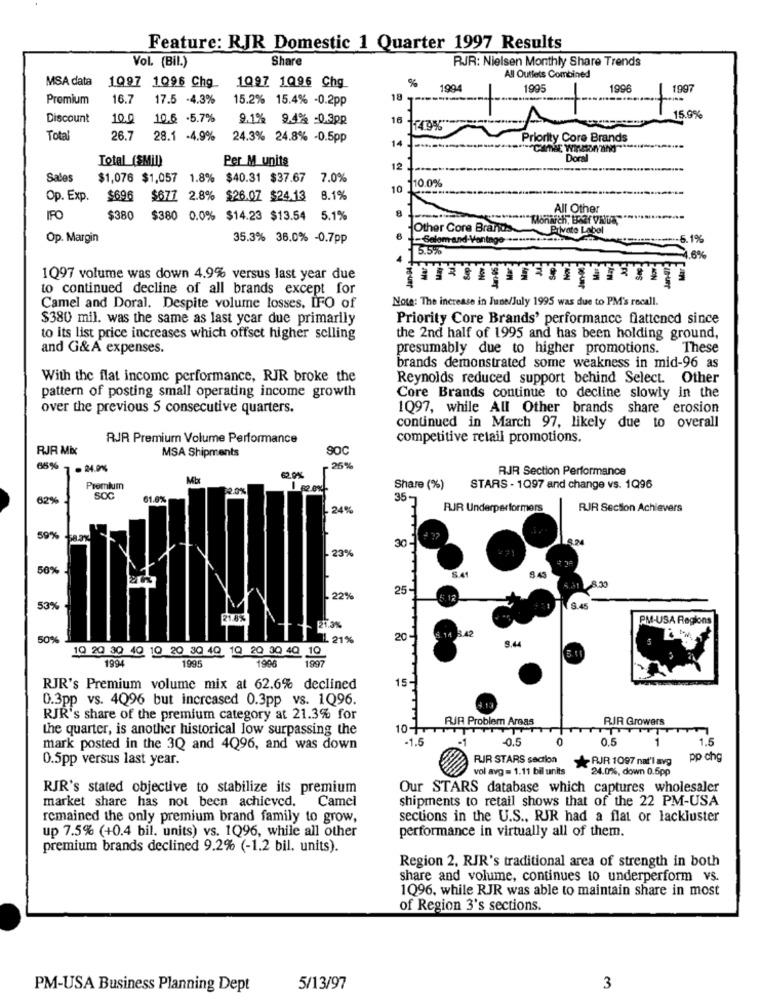
Feature: RJR Domestic 1 Quarter 1997 Results
Vol. (Bil.)
Share
RJR: Nielsen Monthly Share Trends
MSA data
1097 1Q96 Chg
%
All Outlets Combined
1997 1096 Chg_
1994
1995
1996
1997
Promium
16.7
17.5 -4.3%
15.2% 15.4% -0.2pp
18
1
Discount
10.0
10.6 .5.7%
9.1% 9.4% =0.3PR
16
A
15.9%
14.9%"
Total
26.7
28.1 -4.9%
24.3% 24.8% -0.5pp
14 J.
Priority Core Brands
Total (SMID)
Per M units
Dor
12
Sales
$1,076 $1,057 1.8%
$40.31 $37.67
7.0%
10 110.0%
Op. Exp.
$696
$677 2.8% $26.07 $24.13
8.1%
8
All Other
IFO
$380
$380 0.0% $14.23 $13.54 5.1%
"Monarch, Bar VNU"
Other Core Brands.
Op. Margin
35.3% 36.0% -0.7pp
mand-Vantage
--- 5.1%
5%
.6%
1Q97 volume was down 4.9% versus last year due
Fam
to continued decline of all brands except for
Freuer
Note: The increase in June/July 1995 was due to PM's recall.
Camel and Doral. Despite volume losses, IFO of
$380 mil. was the same as last ycar due primarily
Priority Core Brands' performance flattened since
to its list price increases which offset higher selling
the 2nd half of 1995 and has been holding ground,
and G&A expenses.
presumably due to higher promotions. These
brands demonstrated some weakness in mid-96 as
With the flat income performance, RJR broke the
Reynolds reduced support behind Select. Other
pattern of posting small operating income growth
Core Brands continue to decline slowly in the
over the previous 5 consecutive quarters.
1097, while All Other brands share erosion
continued in March 97, likely due to overall
RJR Premium Volume Performance
competitive retail promotions.
RJR Mix
MSA Shipments
SOC
65%
- 24.0%%
26%
RJR Section Performance
Mbt
62.0%
Premium
2.0%
Share (%)
STARS - 1097 and change vs. 1Q96
82%
SOC
61.8%
35-
24%
RJR Underperformers
RJR Section Achievers
59%
30
23%
50%
8.45
25
5.31 8.30
22%
53%
8.45
PM-USA Regions
50%
IL 21%
20
3.42
9.44
19 20 30 40 10 20 30 40 10 20 30 4Q 10
1995
1996
1994
15-
RJR's Premium volume mix at 62.6% declined
0.3pp vs. 4Q96 but increased 0.3pp vs. 1Q96.
RJR's share of the premium category at 21.3% for
RJR Problem Areas
RIR Growers
the quarter, is another historical low surpassing the
-1.5
-0.5
0.5
1.5
mark posted in the 3Q and 4Q96, and was down
0.5pp versus last year.
FUIR STARS section
-RJR 1097 nat'l avg
pp chg
vol avg = 1.11 bil units
24.0%, down 0.5pp
RJR's stated objective to stabilize its premium
Our STARS database which captures wholesaler
market share has not been achieved. Camel
shipments to retail shows that of the 22 PM-USA
remained the only premium brand family to grow,
sections in the U.S ., RJR had a flat or lackluster
performance in virtually all of them.
up 7.5% (+0.4 bil. units) vs. 1Q96, while all other
premium brands declined 9.2% (-1.2 bil. units).
Region 2, RJR's traditional area of strength in both
share and volume, continues to underperform vs.
1Q96, while RJR was able to maintain share in most
of Region 3's sections.
PM-USA Business Planning Dept
5/13/97
3